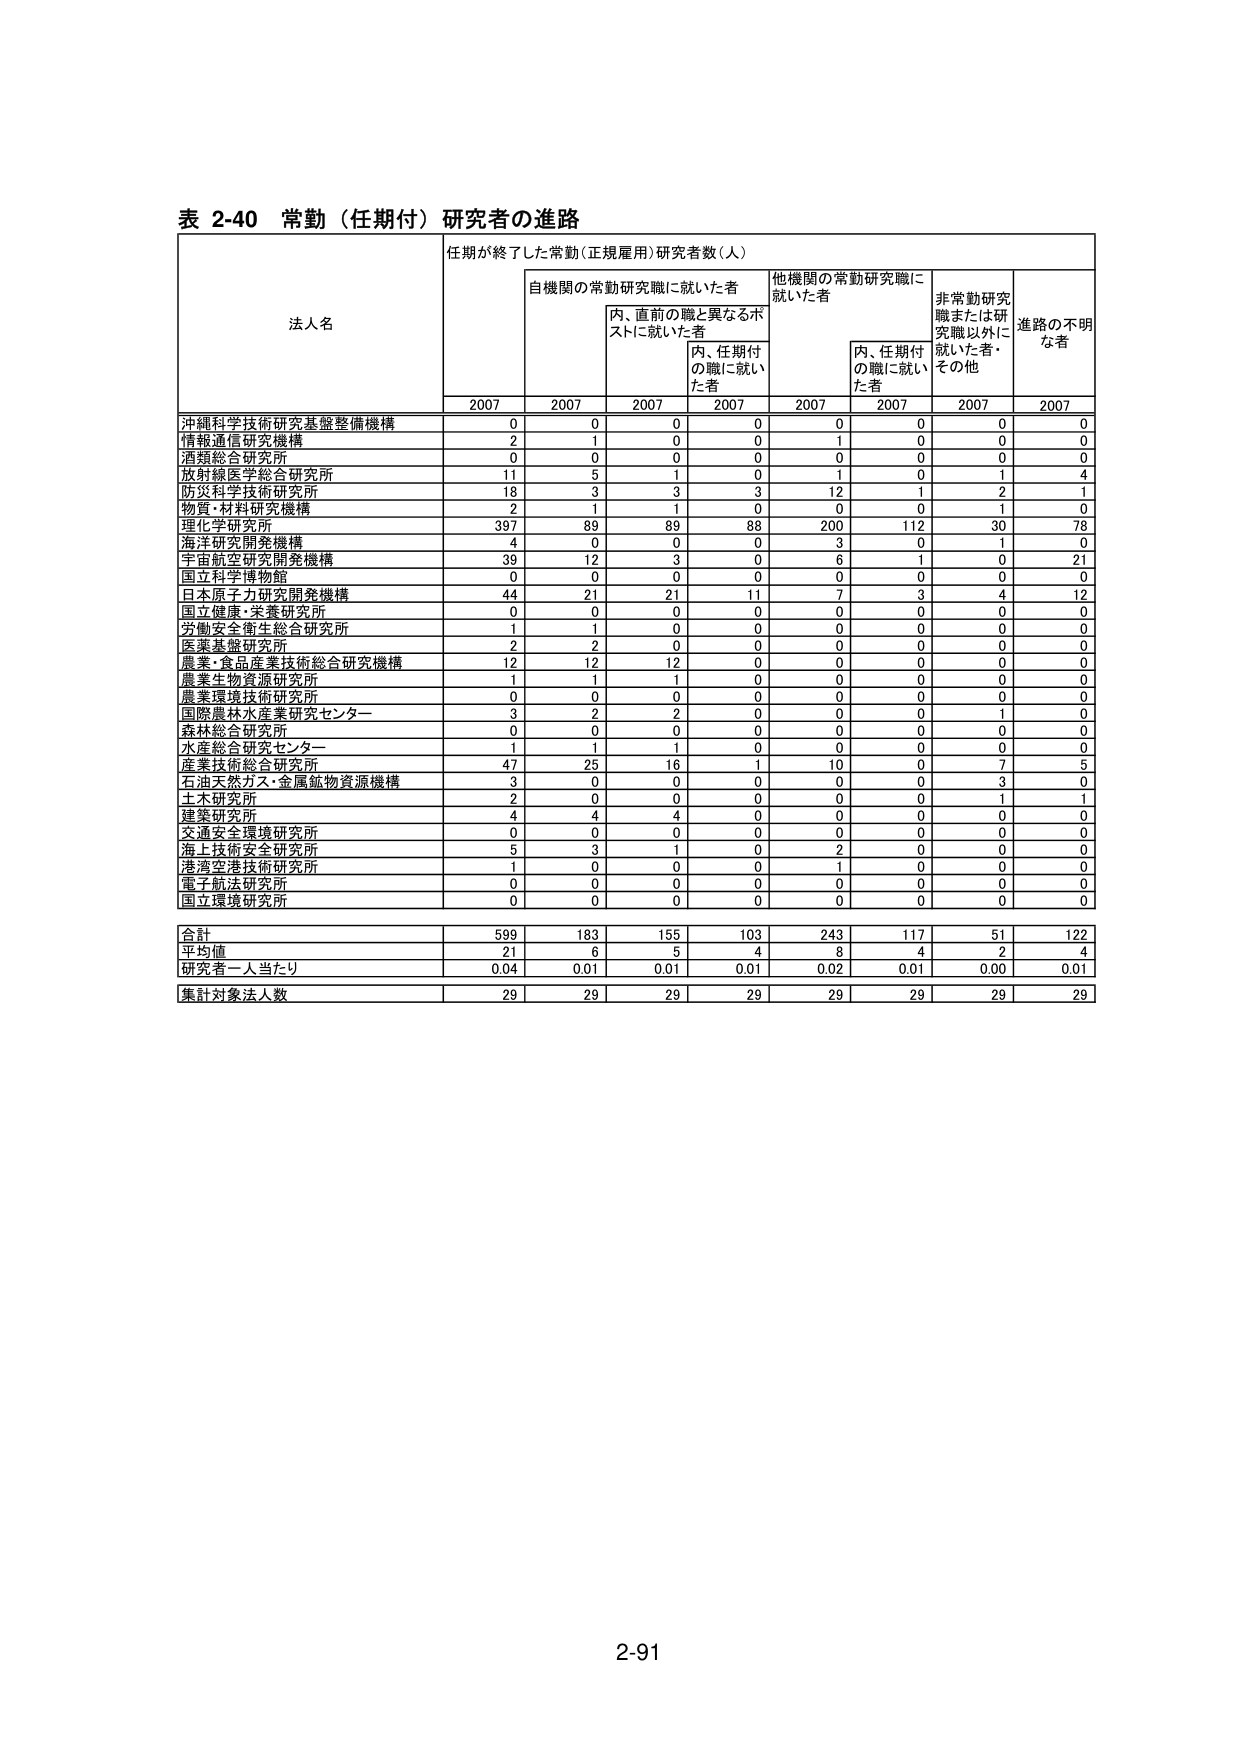
表 2-40 常勤（任期付）研究者の進路

法人名 任期が終了した常勤(正規雇用)研究者数（人）

自機関の常勤研究職に就いた者 他機関の常勤研究職に就いた者 非常勤研究職または研究職以外に就いた者・その他 進路の不明な者

内、直前の職と異なるポストに就いた者 内、任期付の職に就いた者 内、任期付の職に就いた者

2007 2007 2007 2007 2007 2007 2007 2007

沖縄科学技術研究基盤整備機構 0 0 0 0 0 0 0 0

情報通信研究機構 2 1 0 0 1 0 0 0

酒類総合研究所 0 0 0 0 0 0 0 0

放射線医学総合研究所 11 5 1 0 1 0 1 4

防災科学技術研究所 18 3 3 3 12 1 2 1

物質・材料研究機構 2 1 1 0 0 0 1 0

理化学研究所 397 89 89 88 200 112 30 78

海洋研究開発機構 4 0 0 0 3 0 1 0

宇宙航空研究開発機構 39 12 3 0 6 1 0 21

国立科学博物館 0 0 0 0 0 0 0 0

日本原子力研究開発機構 44 21 21 11 7 3 4 12

国立健康・栄養研究所 0 0 0 0 0 0 0 0

労働安全衛生総合研究所 1 1 0 0 0 0 0 0

医薬基盤研究所 2 2 0 0 0 0 0 0

農業・食品産業技術総合研究機構 12 12 12 0 0 0 0 0

農業生物資源研究所 1 1 1 0 0 0 0 0

農業環境技術研究所 0 0 0 0 0 0 0 0

国際農林水産業研究センター 3 2 2 0 0 0 1 0

森林総合研究所 0 0 0 0 0 0 0 0

水産総合研究センター 1 1 1 0 0 0 0 0

産業技術総合研究所 47 25 16 1 10 0 7 5

石油天然ガス・金属鉱物資源機構 3 0 0 0 0 0 3 0

土木研究所 2 0 0 0 0 0 1 1

建築研究所 4 4 4 0 0 0 0 0

交通安全環境研究所 0 0 0 0 0 0 0 0

海上技術安全研究所 5 3 1 0 2 0 0 0

港湾空港技術研究所 1 0 0 0 1 0 0 0

電子航法研究所 0 0 0 0 0 0 0 0

国立環境研究所 0 0 0 0 0 0 0 0

合計 599 183 155 103 243 117 51 122

平均値 21 6 5 4 8 4 2 4

研究者一人当たり 0.04 0.01 0.01 0.01 0.02 0.01 0.00 0.01

集計対象法人数 29 29 29 29 29 29 29 29

2-91